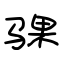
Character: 骒